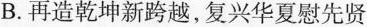
B.再造乾坤新跨越，复兴华夏慰先贤